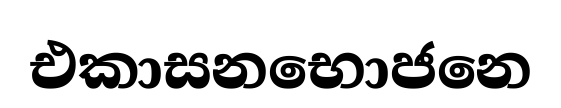
එකාසනභොජනෙ